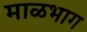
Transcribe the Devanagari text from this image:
माळभाग